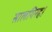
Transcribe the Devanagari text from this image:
सालगिरह।